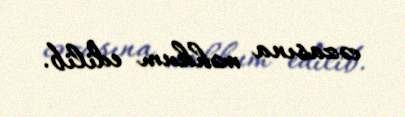
cəzasına məhkum edilib.